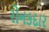
રોનકદાર